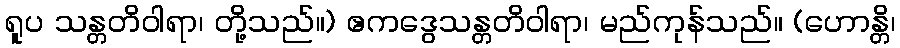
ရူပ သန္တတိဝါရာ၊ တို့သည်။) ဧကဒွေသန္တတိဝါရာ၊ မည်ကုန်သည်။ (ဟောန္တိ၊